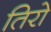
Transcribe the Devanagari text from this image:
तिरो